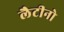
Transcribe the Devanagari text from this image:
लैटीनो